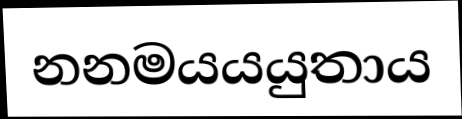
නනමයයයුතාය